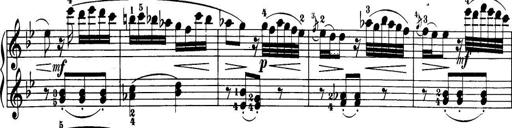
Title: 32 Sonatinas and Rondos for the Piano
Composer: Richard Kleinmichel